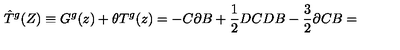
\hat { T } ^ { g } ( Z ) \equiv G ^ { g } ( z ) + \theta T ^ { g } ( z ) = - C \partial B + \frac { 1 } { 2 } D C D B - \frac { 3 } { 2 } \partial C B =